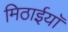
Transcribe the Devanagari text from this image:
मिठाईयाॅ